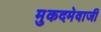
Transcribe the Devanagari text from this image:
मुकदमेवाजी